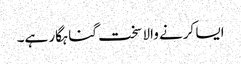
ایسا کرنے والا سخت گناہگار ہے۔